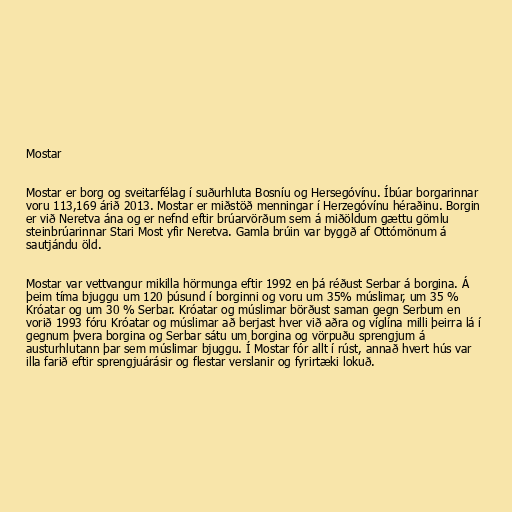
Mostar

Mostar er borg og sveitarfélag í suðurhluta Bosníu og Hersegóvínu. Íbúar borgarinnar
voru 113,169 árið 2013. Mostar er miðstöð menningar í Herzegóvínu héraðinu. Borgin
er við Neretva ána og er nefnd eftir brúarvörðum sem á miðöldum gættu gömlu
steinbrúarinnar Stari Most yfir Neretva. Gamla brúin var byggð af Ottómönum á
sautjándu öld.

Mostar var vettvangur mikilla hörmunga eftir 1992 en þá réðust Serbar á borgina. Á
þeim tíma bjuggu um 120 þúsund í borginni og voru um 35% múslimar, um 35 %
Króatar og um 30 % Serbar. Króatar og múslimar börðust saman gegn Serbum en
vorið 1993 fóru Króatar og múslimar að berjast hver við aðra og víglína milli þeirra lá í
gegnum þvera borgina og Serbar sátu um borgina og vörpuðu sprengjum á
austurhlutann þar sem múslimar bjuggu. Í Mostar fór allt í rúst, annað hvert hús var
illa farið eftir sprengjuárásir og flestar verslanir og fyrirtæki lokuð.